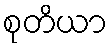
စုတိယာ